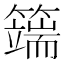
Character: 𥵣